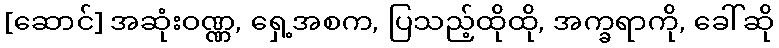
[ဆောင်] အဆုံးဝဏ္ဏ, ရှေ့အစက, ပြသည့်ထိုထို, အက္ခရာကို, ခေါ်ဆို